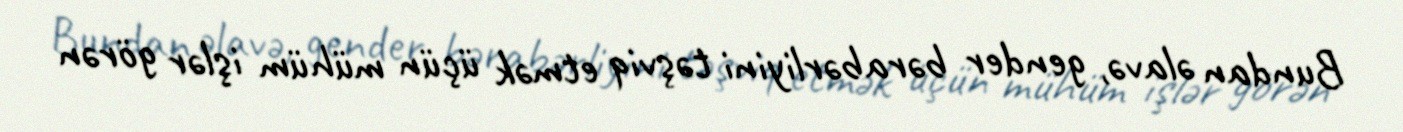
Bundan əlavə, gender bərabərliyini təşviq etmək üçün mühüm işlər görən